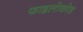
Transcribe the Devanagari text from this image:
फाइलोकोड